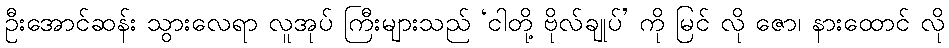
ဦးအောင်ဆန်း သွားလေရာ လူအုပ် ကြီးများသည် ‘ငါတို့ ဗိုလ်ချုပ်’ ကို မြင် လို ဇော၊ နားထောင် လို